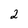
Character: 2